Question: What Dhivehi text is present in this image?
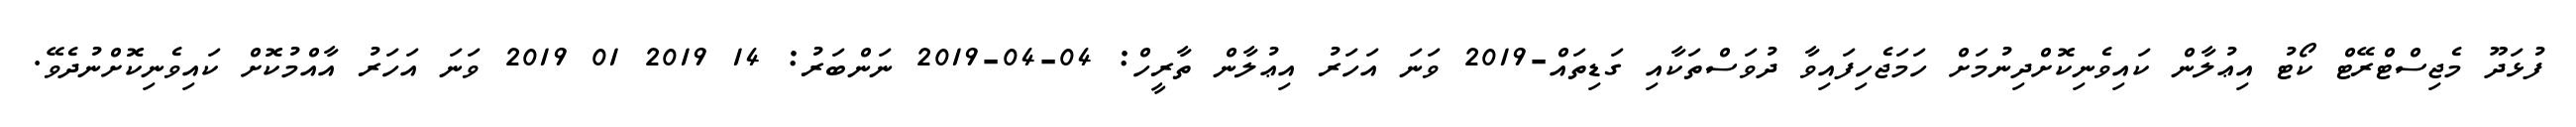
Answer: ފުޅަދޫ މެޖިސްޓްރޭޓް ކޯޓު އިޢުލާން ކައިވެނިކޮށްދިނުމަށް ހަމަޖެހިފައިވާ ދުވަސްތަކާއި ގަޑިތައް-2019 ވަނަ އަހަރު އިޢުލާން ތާރީހް: 04-04-2019 ނަންބަރު: 14 2019 01 2019 ވަނަ އަހަރު އާއްމުކޮށް ކައިވެނިކޮށްނުދެވޭ.